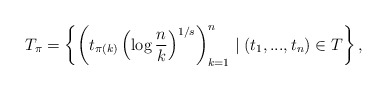
\begin{align*}T_\pi = \left\{ \left( t_{\pi(k)} \left(\log{\frac{n}{k}}\right)^{1/s} \right)_{k=1}^n \mid (t_1,...,t_n) \in T \right\},\end{align*}